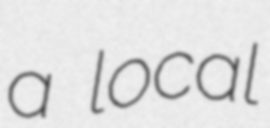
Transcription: a local